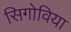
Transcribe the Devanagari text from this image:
सिगोविया